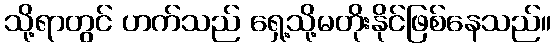
သို့ရာတွင် ဟက်သည် ရှေ့သို့မတိုးနိုင်ဖြစ်နေသည်။